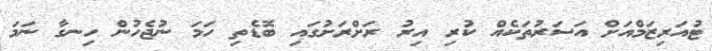
ޓުއަރިޒަމްއަށް އަސަރުތަކެއް ކުރި އިރު ރަށްރަށުގައި ބޮޑެތި ހަމަ ނުޖެހުން ހިނގާ ނަމަ